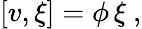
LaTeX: [v,\xi]=\phi\, \xi\ ,